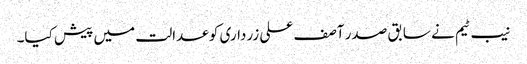
نیب ٹیم نے سابق صدر آصف علی زرداری کو عدالت میں پیش کیا۔